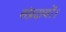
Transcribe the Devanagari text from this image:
संप्रदायों।